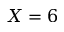
X = 6